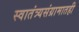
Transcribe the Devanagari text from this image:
स्वातंत्र्यसंग्रामातही